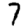
Digit: 7